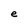
Character: e